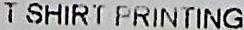
T SHIRT PRINTING